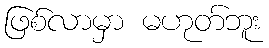
ဖြစ်လာမှာ မဟုတ်ဘူး